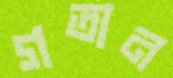
গতান